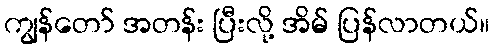
ကျွန်တော် အတန်း ပြီးလို့ အိမ် ပြန်လာတယ်။